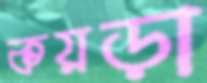
কয়ড়া